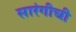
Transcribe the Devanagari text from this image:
सारंगीची